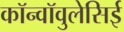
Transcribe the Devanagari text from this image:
कॉन्वॉवुलेसिई